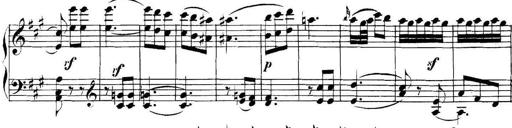
Title: Collected Piano Sonatas
Composer: Muzio Clementi